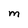
Character: M